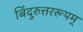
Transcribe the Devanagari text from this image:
बिंदुरुत्तररूपम्